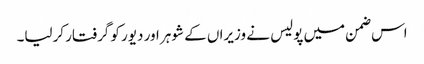
اس ضمن میں پولیس نے وزیراں کے شوہر اور دیور کو گرفتار کرلیا۔